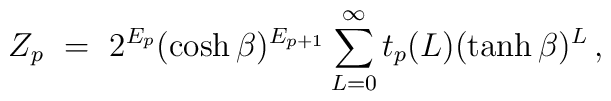
Z_p ~=~ 2^{E_p} (\cosh \beta)^{E_{p+1}}        \sum_{L=0}^\infty t_p(L) (\tanh \beta)^L   \, ,